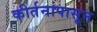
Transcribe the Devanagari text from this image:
कीर्तनापासून